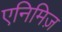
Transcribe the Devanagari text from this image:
एनिमिज़